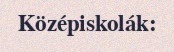
Középiskolák: